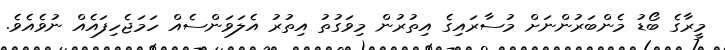
މީރާގެ ބޯޑު މެންބަރުންނަށް މުސާރައިގެ އިތުރުން މިވަގުތު އިތުރު އެލަވަންސެއް ހަމަޖެހިފައެއް ނުވެއެވެ.